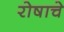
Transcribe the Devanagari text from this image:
रोषाचे